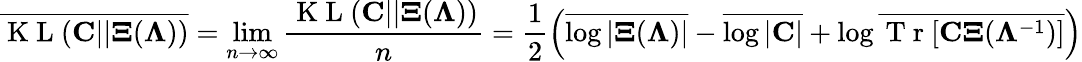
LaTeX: \overline{{\mathrm{~K~L~}({\mathbf C}||{\mathbf\Xi}({\mathbf\Lambda}))}}=\operatorname*{lim}_{n\to\infty}\frac{\mathrm{~K~L~}({\mathbf C}||{\mathbf\Xi}({\mathbf\Lambda}))}{n}=\frac{1}{2}\left(\overline{{\log|{\mathbf\Xi}({\mathbf\Lambda})|}}-\overline{{\log|{\mathbf C}|}}+\log\overline{{\mathrm{~T~r~}[\mathbf{C\Xi}({\mathbf\Lambda}^{-1})]}}\right)